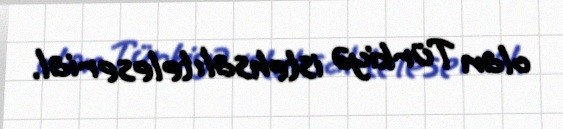
olan Türkiyə istehsalı teleserial.